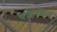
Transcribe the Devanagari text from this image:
चाडविन